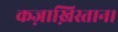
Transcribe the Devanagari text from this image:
कज़ाख़िस्तान।